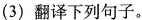
(3) 翻译下列句子。